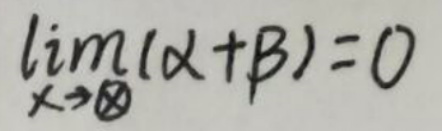
$\lim _ { x \to \infty } ( \alpha + \beta ) = 0$